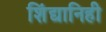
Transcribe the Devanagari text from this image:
शिंद्यानिही